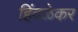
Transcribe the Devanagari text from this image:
हिंदळेकर